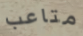
متاعب